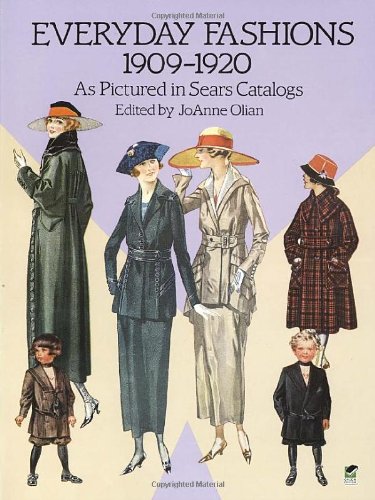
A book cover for Everyday Fashions, 1909-1920, As Pictured in Sears Catalogs (Dover Fashion and Costumes); Crafts, Hobbies & Home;